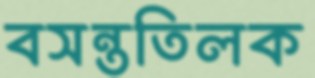
বসন্ততিলক